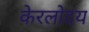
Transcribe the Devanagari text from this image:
केरलोदय